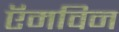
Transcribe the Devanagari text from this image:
ऍमविन